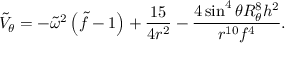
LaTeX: \tilde { V } _ { \theta } = - \tilde { \omega } ^ { 2 } \left( \tilde { f } - 1 \right) + { \frac { 1 5 } { 4 r ^ { 2 } } } - { \frac { 4 \sin ^ { 4 } \theta R _ { \theta } ^ { 8 } { h } ^ { 2 } } { r ^ { 1 0 } f ^ { 4 } } } .